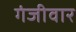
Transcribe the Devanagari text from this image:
गंजीवार